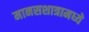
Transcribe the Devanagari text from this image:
मानसशात्रामध्ये